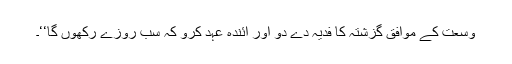
وسعت کے موافق گزشتہ کا فدیہ دے دو اور آئندہ عہد کرو کہ سب روزے رکھوں گا‘‘۔